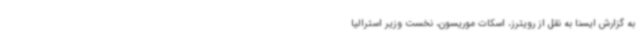
به گزارش ایسنا به نقل از رویترز، اسکات موریسون، نخست وزیر استرالیا